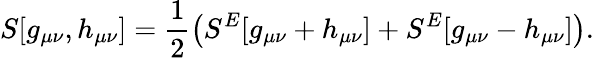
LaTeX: S[g_{\mu\nu},h_{\mu\nu}]=\frac{1}{2}\big(S^{E}[g_{\mu\nu}+h_{\mu\nu}]+S^{E}[g_{\mu\nu}-h_{\mu\nu}]\big).